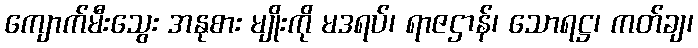
ကျောက်မီးသွေး အနုစား မျိုးကို မဒရပ်၊ ရာဇဌာန်၊ သောရဋ္ဌ၊ ကတ်ချ၊